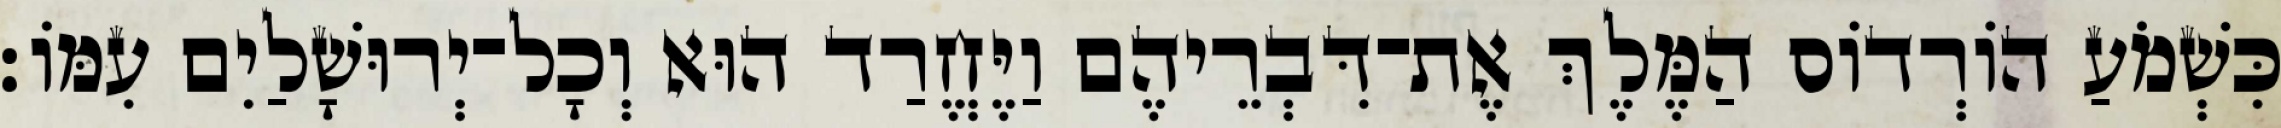
כִּשְׁמֹעַ הוֹרְדוֹס הַמֶּלֶךְ אֶת־דִּבְרֵיהֶם וַיֶּחֱרַד הוּא וְכָל־יְרוּשָׁלַיִם עִמּוֹ׃